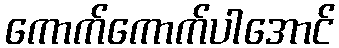
ကောက်ကောက်ပါအောင်